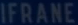
IFRANE